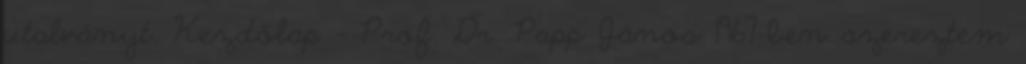
utalványt. Kezdőlap - Prof. Dr. Papp János 1967-ben szereztem